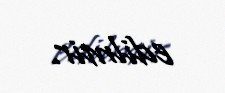
edilmir.